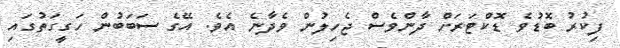
ފިކުރު ބޮޑުވެ ޑޮކްޓަރަށް ދާންވެސް ޖެހިލުން ވެދާނެ އެވެ. އޭގެ ސަބަބުން ހަގީގަތުގައި